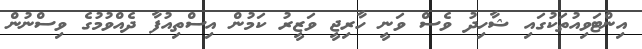
އިންޓަވިއުތަކުގައި ޝާހިދު ވެސް ވަނީ ހާރިޖީ ވަޒީރު ކަމުން އިސްތިއުފާ ދެއްވުމުގެ ވިސްނުން